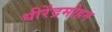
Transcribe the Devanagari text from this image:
धीरेंद्रमोहन